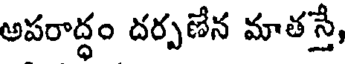
అపరాద్ధం దర్పణేన మాతస్తే,